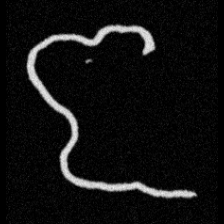
Pyu character \u2014 Myanmar letter: ဇ (romanized: ja)